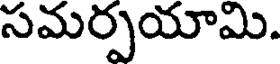
సమర్పయామి.